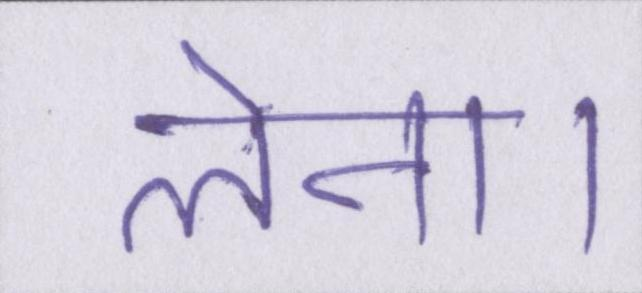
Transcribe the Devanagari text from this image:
लेना।